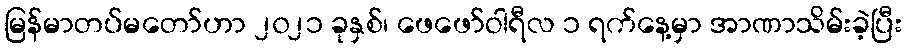
မြန်မာတပ်မတော်ဟာ ၂၀၂၁ ခုနှစ်၊ ဖေဖော်ဝါရီလ ၁ ရက်နေ့မှာ အာဏာသိမ်းခဲ့ပြီး